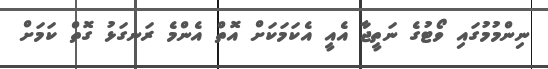
ނިންމުމުގައި ވޯޓުގެ ނަތީޖާ އެއީ އެކަމަކަށް އޮތް އެންމެ ރަނގަޅު ގޮތް ކަމަށް